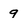
Character: 9